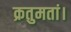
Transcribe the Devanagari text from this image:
क्रतुमतां।